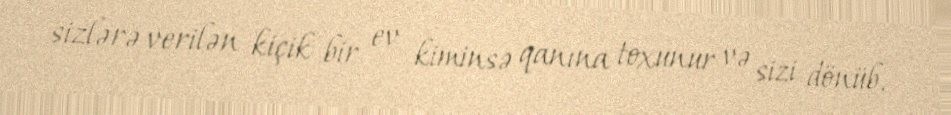
sizlərə verilən kiçik bir ev kiminsə qanına toxunur və sizi dönüb,